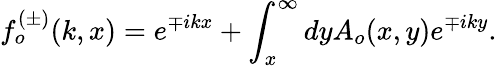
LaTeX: f_{o}^{(\pm)}(k,x)=e^{\mp ikx}+\int_{x}^{\infty}dyA_{o}(x,y)e^{\mp iky}.